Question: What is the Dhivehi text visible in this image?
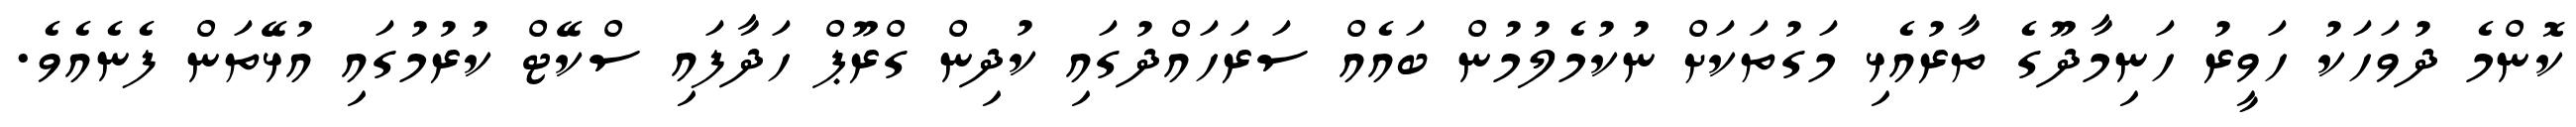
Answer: ކޮންމެ ދުވަހަކު ހަވީރު ހަނިމާދޫގެ ތާރުއެޅި މަގުތަކަށް ނުކުމެލުމުން ބައެއް ސަރަހައްދުގައި ކުދިން ގްރޫޕް ހަދާފައި ސްކޭޓް ކުރުމުގައި އުޅޭތަން ފެނެއެވެ.